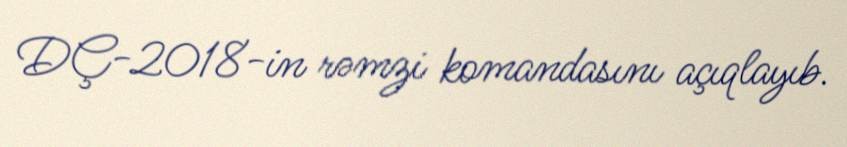
DÇ-2018-in rəmzi komandasını açıqlayıb.